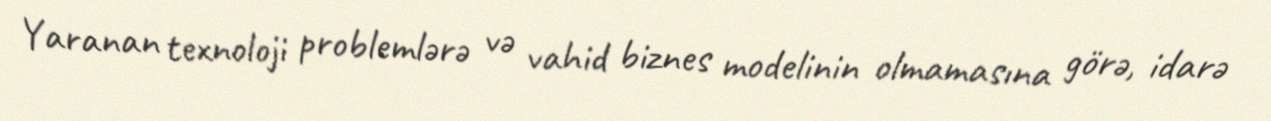
Yaranan texnoloji problemlərə və vahid biznes modelinin olmamasına görə, idarə